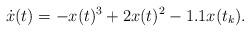
LaTeX: \begin{align*}\dot x(t) = -x(t)^3 + 2x(t)^2-1.1x(t_k).\end{align*}